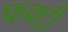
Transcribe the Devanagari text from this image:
फक्ट्री